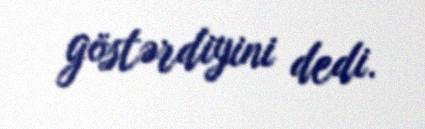
göstərdiyini dedi.